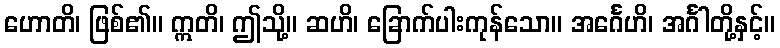
ဟောတိ၊ ဖြစ်၏။ ဣတိ၊ ဤသို့။ ဆဟိ၊ ခြောက်ပါးကုန်သော။ အင်္ဂေဟိ၊ အင်္ဂါတို့နှင့်။